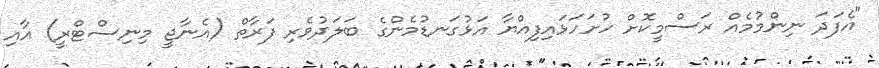
"އެފަދަ ނިންމުމެއް ރަސްމީކޮށް ހުށަހަޅައިފިއްޔާ އަޅުގަަނޑުމެންގެ ބަލަދުވެރި ފަރާތް (އެނާޖީ މިނިސްޓްރީ) އާއި